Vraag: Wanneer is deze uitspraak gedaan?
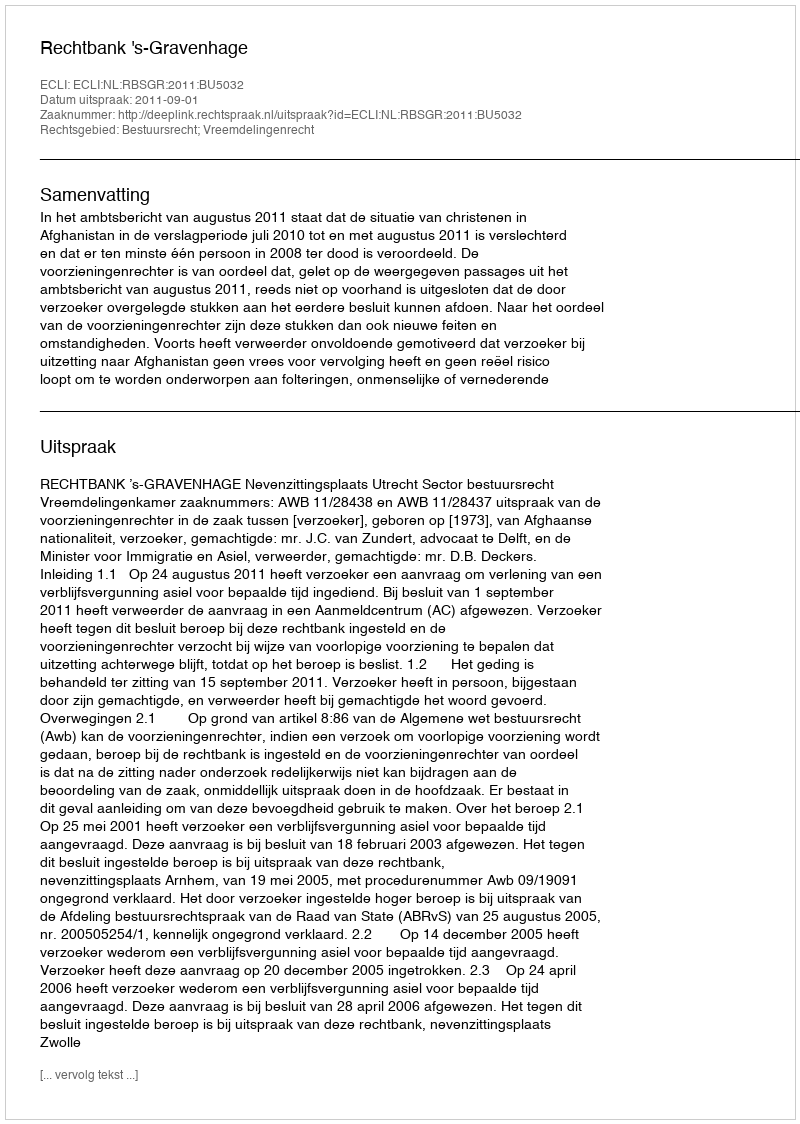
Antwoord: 2011-09-01